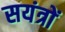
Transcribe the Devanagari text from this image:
सयंत्रों